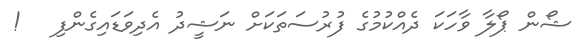
ޝޯން ޕޯލާ ވާހަކަ ދެއްކުމުގެ ފުރުސަތަކަށް ނަޝީދު އެދިވަޑައިގެންފި   !